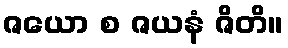
ဇယော စ ဇယနံ ဇိတိ။